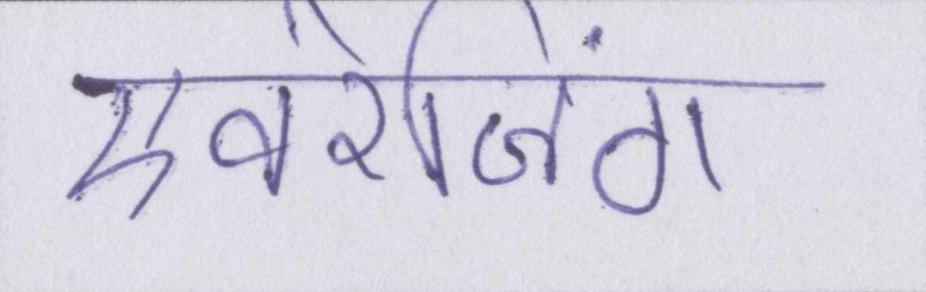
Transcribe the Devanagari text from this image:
एवरेजिंग